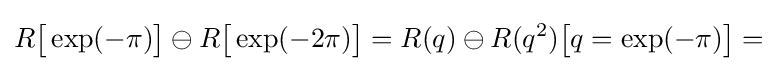
R{\bigl [}\exp(-\pi ){\bigr ]}\ominus R{\bigl [}\exp(-2\pi ){\bigr ]}=R(q)\ominus R(q^{2}){\bigl [}q=\exp(-\pi ){\bigr ]}=